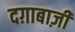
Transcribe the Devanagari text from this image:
दग़ाबाज़ी